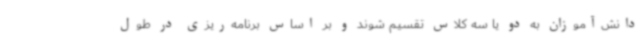
دانش‌آموزان به دو یا سه کلاس تقسیم شوند و بر اساس برنامه‌ریزی در طول